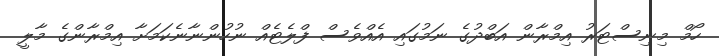
ހޯމް މިނިސްޓަރު އިމްރާން އަބްދުގެ ނަމުގައި އެއްވެސް ފްލެޓެއް ނުހުންނާނެކަމަށާ އިމްރާންގެ މާލީ